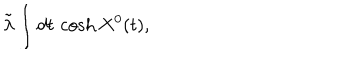
LaTeX: \tilde { \lambda } \int d t \, \cosh X ^ { 0 } ( t ) ,